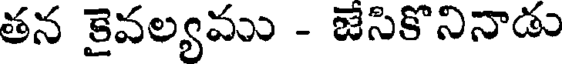
తన కైవల్యము - జేసికొనినాడు